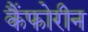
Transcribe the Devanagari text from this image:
कैंफोरीन